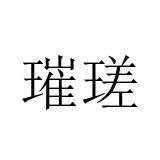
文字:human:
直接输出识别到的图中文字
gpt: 璀瑳